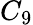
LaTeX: C_{9}